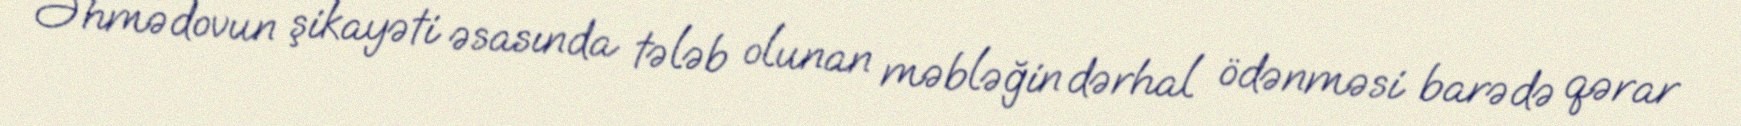
Əhmədovun şikayəti əsasında tələb olunan məbləğin dərhal ödənməsi barədə qərar